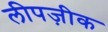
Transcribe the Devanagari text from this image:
लीपज़ीक